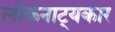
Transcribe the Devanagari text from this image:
लोकनाट्यकार